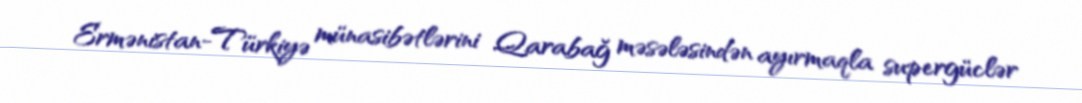
Ermənistan-Türkiyə münasibətlərini Qarabağ məsələsindən ayırmaqla supergüclər